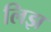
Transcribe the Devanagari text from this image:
लिझ